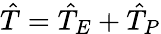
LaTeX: \hat{T}=\hat{T}_{E}+\hat{T}_{P}